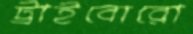
ট্রাইবোরো